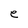
Character: e